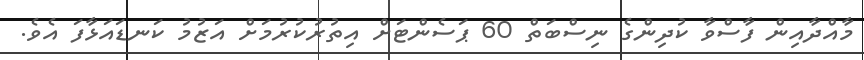
މާއްދާއިން ފާސްވާ ކުދިންގެ ނިސްބަތް 60 ޕަސެންޓަށް އިތުރުކުރުމަށް އަޒުމު ކަނޑައަޅާފަ އެވެ.